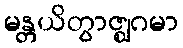
မန္တယိတွာဇ္ဈဂမာ